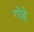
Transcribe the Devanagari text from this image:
गोहे